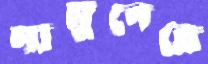
মামুনেরে